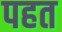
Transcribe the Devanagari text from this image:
पहत